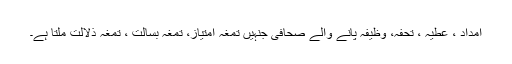
امداد ، عطیہ ، تحفہ، وظیفہ پانے والے صحافی جنہیں تمغہ امتیاز، تمغہ بسالت ، تمغہ ذلالت ملتا ہے۔